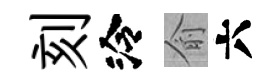
刻泠俞六